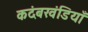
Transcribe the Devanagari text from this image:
कदंबखंडियाँ